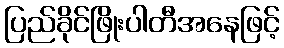
ပြည်ခိုင်ဖြိုးပါတီအနေဖြင့်